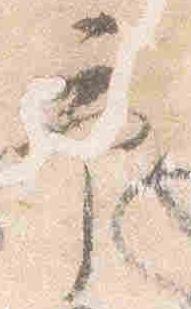
予